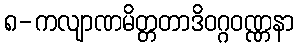
၈-ကလျာဏမိတ္တတာဒိဝဂ္ဂဝဏ္ဏနာ